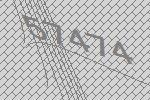
57474